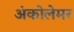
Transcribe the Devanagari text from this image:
अंकोलेमर